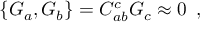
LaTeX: \{ G _ { a } , G _ { b } \} = C _ { a b } ^ { c } G _ { c } \approx 0 \, \, \, ,